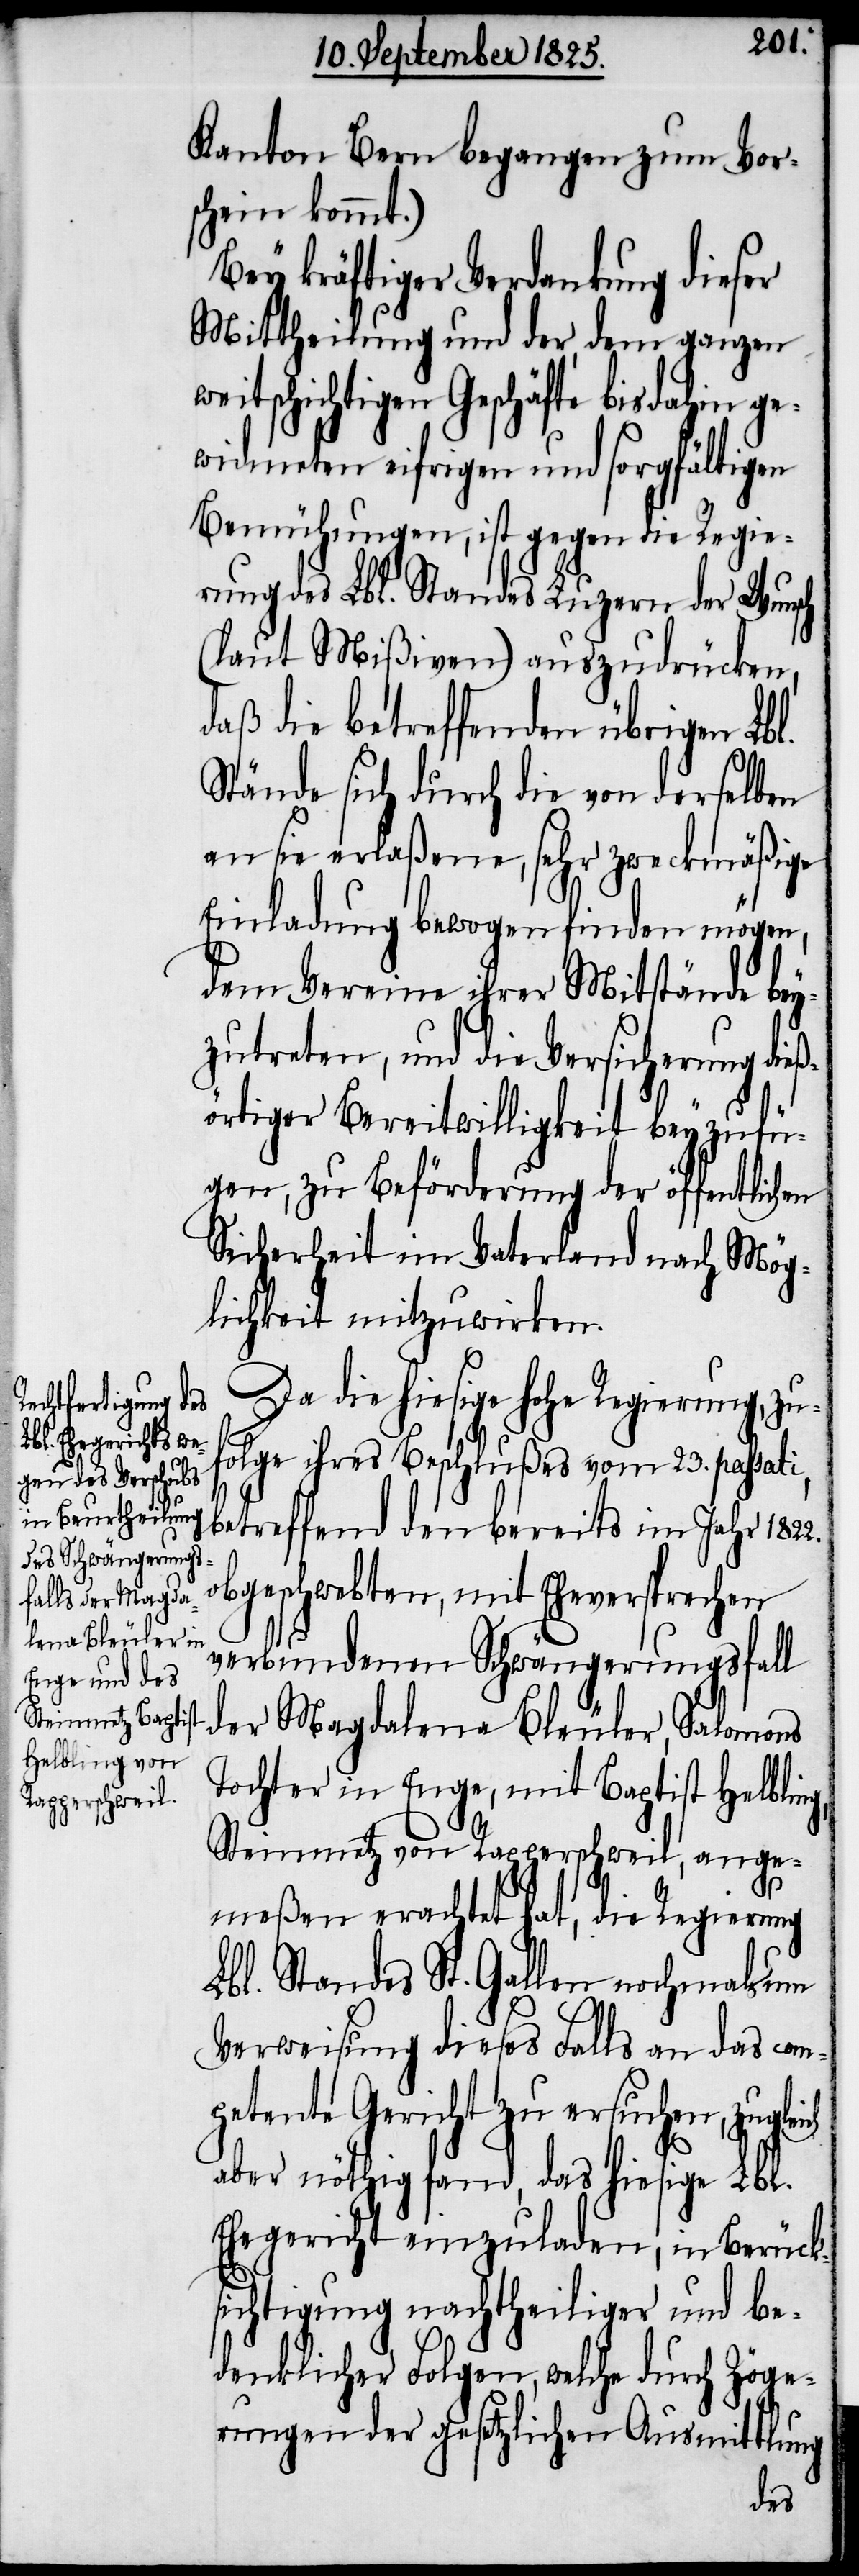
Kanton Bern begangen zum Vor¬
schein kommt.)
Bey kräftiger Verdankung dieser
Mittheilung und der, dem ganzen
itschichtigen Geschäfte bisdahin ge¬
widmeten eifrigen und sorgfältigen
Bemühungen, ist gegen die Regie¬
rung des Lbl. Standes Luzern der Wunsch
(laut Mißiven) auszudrücken,
daß die betreffenden übrigen Lbl.
Stände sich durch die von derselben
an sie erlaßene, sehr zweckmäßige
Einladung bewogen finden mögen,
dem Vereine ihrer Mitstände bey¬
zutreten, und die Versicherung dieß¬
örtiger Bereitwilligkeit bey zufü¬
gen, zu Beförderung der öffentlichen
Sicherheit ein Vaterland nach Mög¬
lichkeit mitzuwirken.
Da die hiesige hohe Regierung, zu¬
folge ihres Beschlußes vom 23. passati,
betreffend den bereits im Jahr 1822.
obgeschwebten, mit Eheversprechen
verbundenen Schwängerungsfall
der Magdalena Bleuler, Salomons
Tochter in Enge, mit Baptist Helbling,
Steinmetz von Rapperschweil, ange¬
meßen erachtet hat, die Regierung
Lbl. Standes St. Gallen nochmals um
Verweisung dieses Falls an das com¬
petente Gericht zu ersuchen,
aber nöthig fand, das hiesige Lbl.
Ehegericht einzuladen, in Berück¬
sichtigung nachtheiliger und be¬
denklicher Folgen, welche durch Zöge¬
rungen der gesetzlichen Ausmittlung
we¬